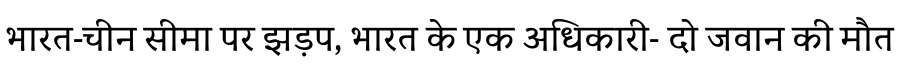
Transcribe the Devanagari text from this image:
भारत-चीन सीमा पर झड़प, भारत के एक अधिकारी- दो जवान की मौत